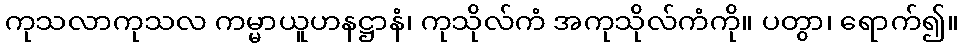
ကုသလာကုသလ ကမ္မာယူဟနဋ္ဌာနံ၊ ကုသိုလ်ကံ အကုသိုလ်ကံကို။ ပတွာ၊ ရောက်၍။